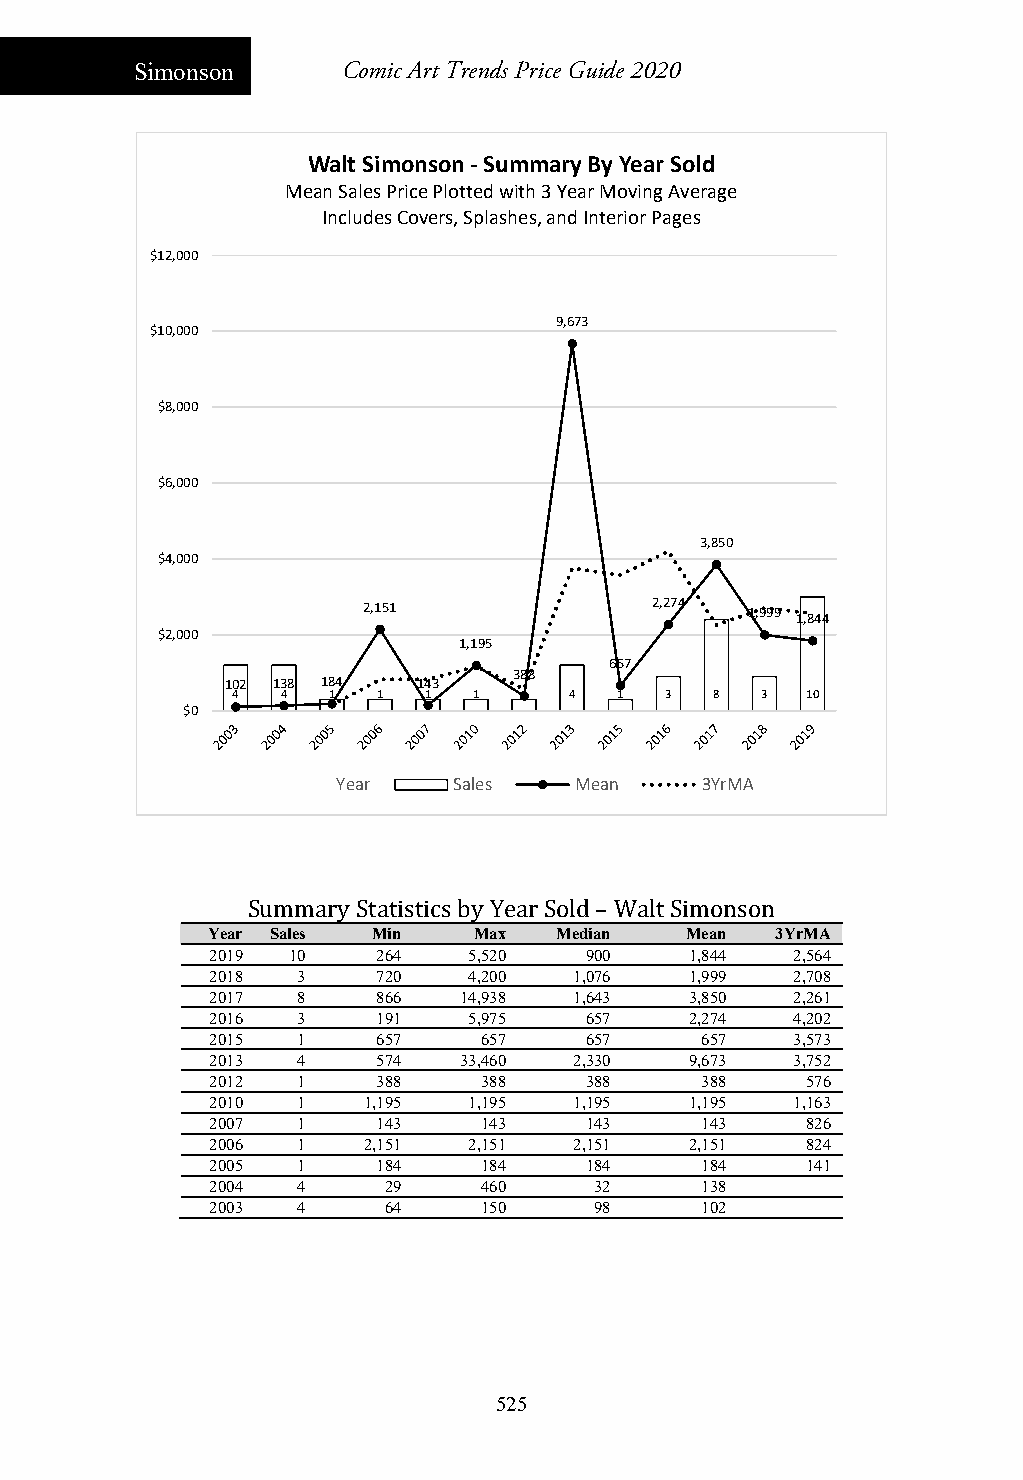
Simonson      Comic Art Trends Price Guide 2020
 Walt Simonson ‐Summary By Year Sold
 Mean Sales Price Plotted with 3 Year Moving Average
 Includes Covers, Splashes, and Interior Pages
 $12,000
 9,673
 $10,000
 $8,000
 $6,000
 3,850
 $4,000
 2,151              2,274  1,999 1,844
 $2,000
 1,195
 657
 388
 102 138 184  143
 4   4  1  1  1  1  1   4  1  3  8  3  10
 $0
 Year    Sales   Mean    3YrMA
 Summary Statistics by Year Sold – Walt Simonson
 Year Sales Min   Max   Median  Mean  3YrMA
 2019 10    264   5,520   900    1,844  2,564
 2018  3    720   4,200  1,076   1,999  2,708
 2017  8    866  14,938  1,643   3,850  2,261
 2016  3    191   5,975   657    2,274  4,202
 2015  1    657    657    657    657    3,573
 2013  4    574  33,460  2,330   9,673  3,752
 2012  1    388    388    388    388    576
 2010  1   1,195  1,195  1,195   1,195  1,163
 2007  1    143    143    143    143    826
 2006  1   2,151  2,151  2,151   2,151  824
 2005  1    184    184    184    184    141
 2004  4    29     460    32     138
 2003  4    64     150    98     102
 525